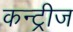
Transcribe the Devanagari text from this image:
कन्ट्रीज